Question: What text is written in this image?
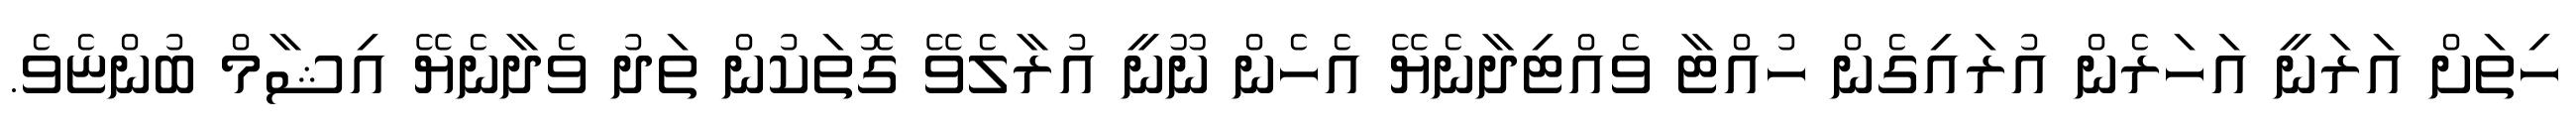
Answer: ހިތަށް އަރަނީ އަހަރެން އުރައިގެން ހުއްޓާ ވެއްޓިދާނެޔޭ އެހެން ނޫނީ އުރާލެވޭ ގޮތަކުން ތަދު ވެދާނެޔޭ އިޝާމް ބުންޏެވެ.